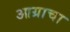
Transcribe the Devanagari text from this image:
आग्राचा